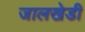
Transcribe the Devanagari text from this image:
जालखेडी